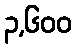
၃,၆၀၀